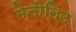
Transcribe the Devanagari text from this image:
मेनोलिउ